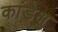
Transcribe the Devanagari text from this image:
कांडेक्षु